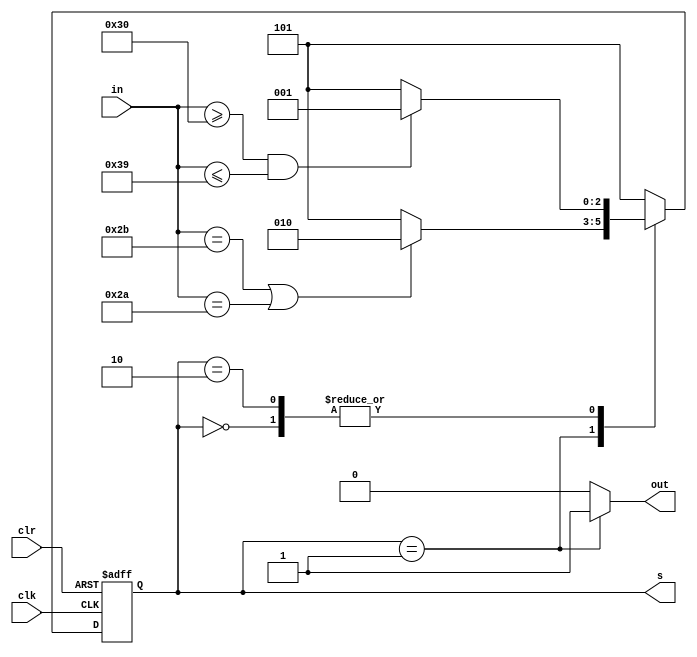
module expr (
    input            clk,
    input            clr,
    input      [7:0] in,
    output reg       out,
    output reg [2:0] s
);

    //reg [2:0] s;
    initial begin
        s<= 0;
    end

    always @(posedge clk, posedge clr) begin
        if (clr) begin
            s <= 0;
        end else begin
            case (s)
                0: s <= (in >= "0" && in <= "9") ? 1 : 5;
                1: s <= (in == "+" || in == "*") ? 2 : 5;
                2: s <= (in >= "0" && in <= "9") ? 1 : 5;
                5: s <= 5;
                default: s <= 5;
            endcase
        end
    end

    always @* begin
        out = (s == 1) ? 1 : 0;
    end
    
endmodule